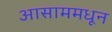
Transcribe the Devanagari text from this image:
आसाममधून